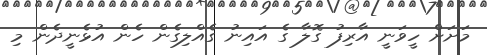
މަށަށް ހީވަނީ އާރިފު ގޮލާ ގެ އައިނު ގެއްލިގެން ހެން އުޅެނީދެން މި